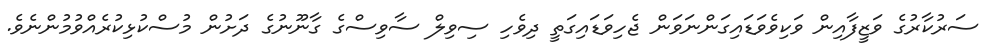
ސަރުކާރުގެ ވަޒީފާއިން ވަކިވެވަޑައިގަންނަވަން ޖެހިވަޑައިގަތީ ދިވެހި ސިވިލް ސާވިސްގެ ގާނޫނުގެ ދަށުން މުސްކުޅިކުރެއްވުމުންނެވެ.